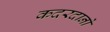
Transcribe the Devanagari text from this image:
कदरदानों